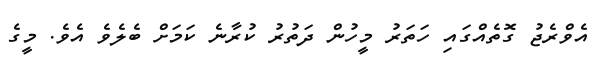
އެވްރެޖު ގޮތެއްގައި ހަތަރު މީހުން ދަތުރު ކުރާނެ ކަމަށް ބެލެވެ އެވެ. މީގެ